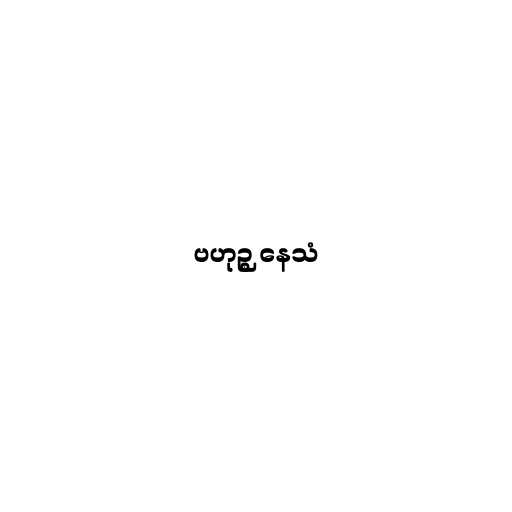
ဗဟုဉ္စ နေသံ